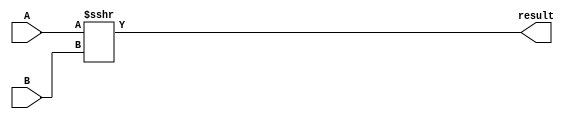
/* Representation of a 32-bit Arithmetic Shift Right operation in Verilog HDL. */
/* Shifts the bits of input signal A to the right by the number of bits specified by input signal B */
/* Operator used is >>> instead of >> which preserves the sign of the input signal */ 
module arithmetic_shift_right (
    // Arithemetic Shift Right Inputs
    input wire [31:0] A, B,
    
    // Arithemetic Shift Right Output
    output wire [31:0] result);
	 
    // Shifted result assigned to output signal 'result'
    assign result = $signed(A) >>> B;         

endmodule // arithmetic_shift_right end.